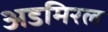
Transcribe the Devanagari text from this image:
अडमिरल